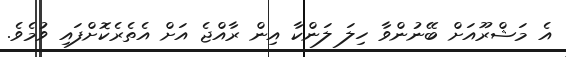
އެ މަޝްރޫއަށް ބޭނުންވާ ހިލަ ލަންކާ އިން ރާއްޖެ އަށް އެތެރެކޮށްފައި ވުމެވެ.